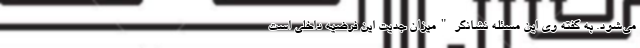
می‌شود. به گفته وی این مسئله نشانگر "میزان جدیت این فرضیه داخلی است